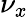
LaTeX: \nu_{x}